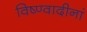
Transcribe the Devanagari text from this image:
विष्ण्वादीनां